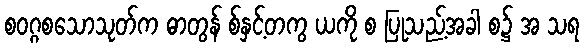
စဝဂ္ဂစသောသုတ်က ဓာတွန် စ်နှင့်တကွ ယကို စ ပြုသည့်အခါ စ၌ အ သရ